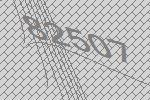
82507